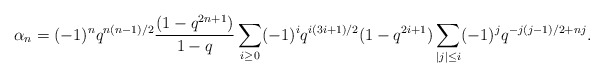
\begin{align*}\alpha_{n}=(-1)^nq^{n(n-1)/2}\frac{(1-q^{2n+1})}{1-q}\sum_{i\ge0}(-1)^iq^{i(3i+1)/2}(1-q^{2i+1})\sum_{|j|\le i}(-1)^jq^{-j(j-1)/2+nj}.\end{align*}